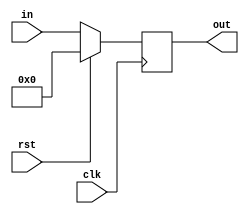
`timescale 1ns / 1ps
//////////////////////////////////////////////////////////////////////////////////
// Company: 
// Engineer: 
// 
// Design Name: 
// Module Name:    ALUOut 
// Project Name: 
// Target Devices: 
// Tool versions: 
// Description: 
//
// Dependencies: 
//
// Revision: 
// Revision 0.01 - File Created
// Additional Comments: 
//
//////////////////////////////////////////////////////////////////////////////////
module ALUOutReg(in, out, clk, rst);
input [31:0] in;
output reg [31:0] out;
input  clk, rst;

always @(posedge clk)
begin
 if(rst)
   begin
     out <= 32'b0;
   end
  else
   begin
    out <= in;
   end
end


endmodule